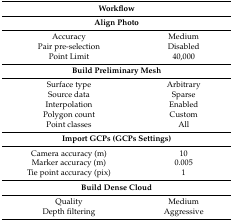
<table><thead><tr><td colspan="2"><b>Workflow</b></td></tr></thead><tbody><tr><td colspan="2"><b>Align Photo</b></td></tr><tr><td>Accuracy</td><td>Medium</td></tr><tr><td>Pair pre-selection</td><td>Disabled</td></tr><tr><td>Point Limit</td><td>40,000</td></tr><tr><td colspan="2"><b>Build Preliminary Mesh</b></td></tr><tr><td>Surface type</td><td>Arbitrary</td></tr><tr><td>Source data</td><td>Sparse</td></tr><tr><td>Interpolation</td><td>Enabled</td></tr><tr><td>Polygon count</td><td>Custom</td></tr><tr><td>Point classes</td><td>All</td></tr><tr><td colspan="2"><b>Import GCPs (GCPs Settings)</b></td></tr><tr><td>Camera accuracy (m)</td><td>10</td></tr><tr><td>Marker accuracy (m)</td><td>0.005</td></tr><tr><td>Tie point accuracy (pix)</td><td>1</td></tr><tr><td colspan="2"><b>Build Dense Cloud</b></td></tr><tr><td>Quality</td><td>Medium</td></tr><tr><td>Depth filtering</td><td>Aggressive</td></tr></tbody></table>